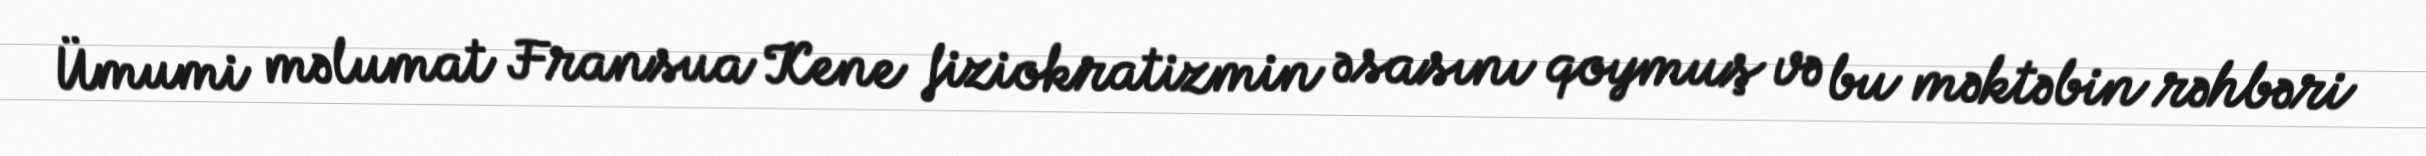
Ümumi məlumat Fransua Kene fiziokratizmin əsasını qoymuş və bu məktəbin rəhbəri